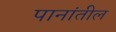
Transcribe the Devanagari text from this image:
पानांतील